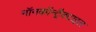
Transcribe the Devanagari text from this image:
नॉनकॉन्ट्रैक्टाइल